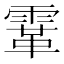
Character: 䨣